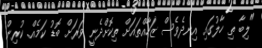
"ލިބާ ތި ހާލުގައި އިނދެވެސް ޒަހާއްތައަށް ތިކޮށްދެނީ ވަރަށް ބޮޑު ކަމެއް. ކުރިން